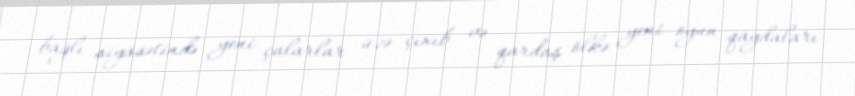
bağlı siyasətində yeni çalarlar üzə çıxıb və qardaş ölkə yeni oyun qaydaları